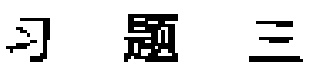
习题三